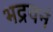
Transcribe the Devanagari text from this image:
भद्रवनं